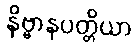
နိဗ္ဗာနပတ္တိယာ